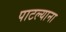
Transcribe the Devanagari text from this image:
पाटल्याना